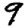
Digit: 9